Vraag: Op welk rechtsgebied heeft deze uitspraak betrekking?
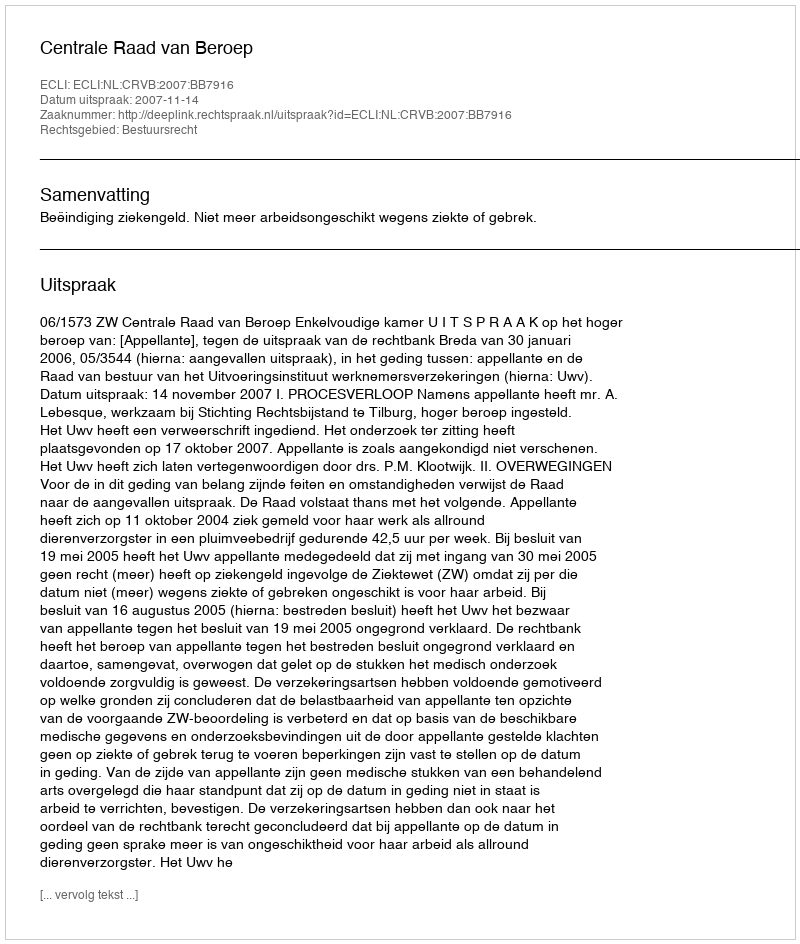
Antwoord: Bestuursrecht